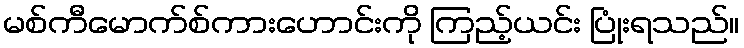
မစ်ကီမောက်စ်ကားဟောင်းကို ကြည့်ယင်း ပြုံးရသည်။